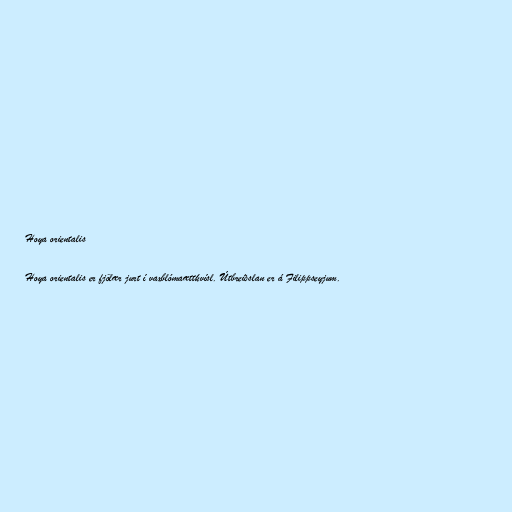
Hoya orientalis

Hoya orientalis er fjölær jurt í vaxblómaættkvísl. Útbreiðslan er á Filippseyjum.